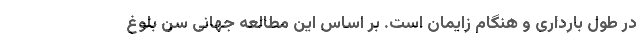
در طول بارداری و هنگام زایمان است. بر اساس این مطالعه جهانی سن بلوغ